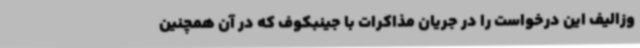
وزالیف این درخواست را در جریان مذاکرات با جینبکوف که در آن همچنین